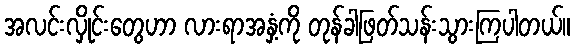
အလင်းလှိုင်းတွေဟာ လားရာအနှံ့ကို တုန်ခါဖြတ်သန်းသွားကြပါတယ်။